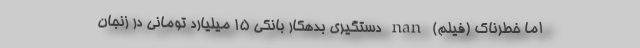
اما خطرناک (فیلم) nan دستگیری بدهکار بانکی 15 میلیارد تومانی در زنجان